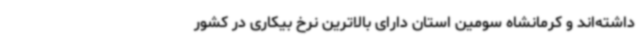
داشته‌اند و کرمانشاه سومین استان دارای بالاترین نرخ بیکاری در کشور